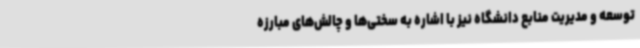
توسعه و مدیریت منابع دانشگاه نیز با اشاره به سختی‌ها و چالش‌های مبارزه